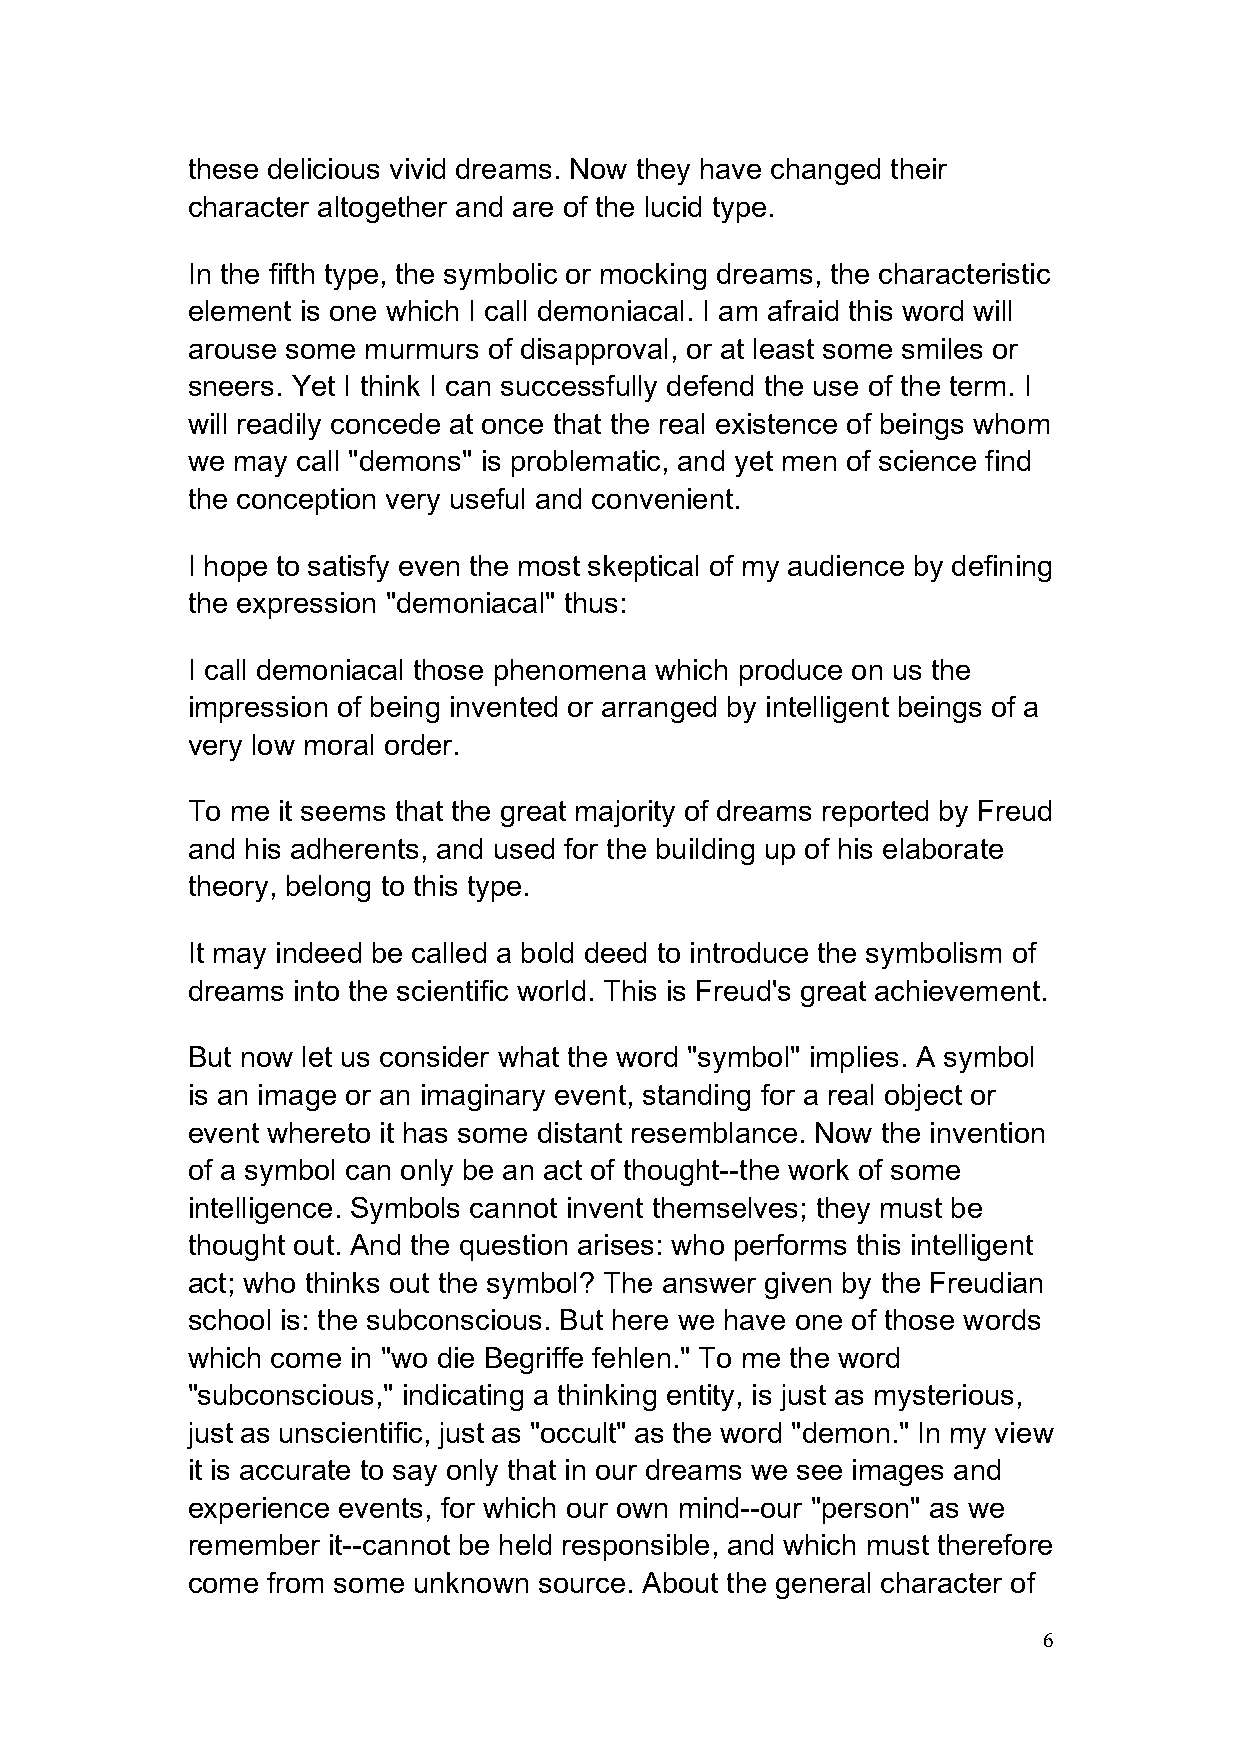
these delicious vivid dreams. Now they have changed their
 character altogether and are of the lucid type.
 In the fifth type, the symbolic or mocking dreams, the characteristic
 element is one which I call demoniacal. I am afraid this word will
 arouse some murmurs of disapproval, or at least some smiles or
 sneers. Yet I think I can successfully defend the use of the term. I
 will readily concede at once that the real existence of beings whom
 we may  call "demons" is problematic, and yet men of science find
 the conception very useful and convenient.
 I hope to satisfy even the most skeptical of my audience by defining
 the expression "demoniacal" thus:
 I call demoniacal those phenomena which produce on us the
 impression of being invented or arranged by intelligent beings of a
 very low moral order.
 To me it seems that the great majority of dreams reported by Freud
 and his adherents, and used for the building up of his elaborate
 theory, belong to this type.
 It may indeed be called a bold deed to introduce the symbolism of
 dreams into the scientific world. This is Freud's great achievement.
 But now let us consider what the word "symbol" implies. A symbol
 is an image or an imaginary event, standing for a real object or
 event whereto it has some distant resemblance. Now the invention
 of a symbol can only be an act of thought--the work of some
 intelligence. Symbols cannot invent themselves; they must be
 thought out. And the question arises: who performs this intelligent
 act; who thinks out the symbol? The answer given by the Freudian
 school is: the subconscious. But here we have one of those words
 which come in "wo die Begriffe fehlen." To me the word
 "subconscious," indicating a thinking entity, is just as mysterious,
 just as unscientific, just as "occult" as the word "demon." In my view
 it is accurate to say only that in our dreams we see images and
 experience events, for which our own mind--our "person" as we
 remember  it--cannot be held responsible, and which must therefore
 come  from some unknown source. About the general character of
 6